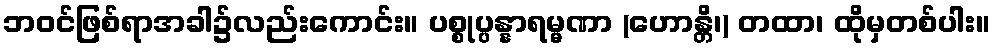
ဘဝင်ဖြစ်ရာအခါ၌လည်းကောင်း။ ပစ္စုပ္ပန္နာရမ္မဏာ (ဟောန္တိ၊) တထာ၊ ထိုမှတစ်ပါး။